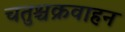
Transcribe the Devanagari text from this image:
चतुश्चक्रवाहन